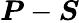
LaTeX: \boldsymbol{P}-\boldsymbol{S}